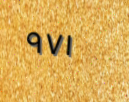
٩٧١